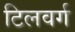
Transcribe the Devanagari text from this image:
टिलवर्ग